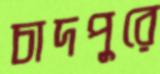
চাদপুরে